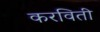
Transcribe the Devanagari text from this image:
करविती